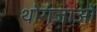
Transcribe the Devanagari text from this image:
थोगजाओ